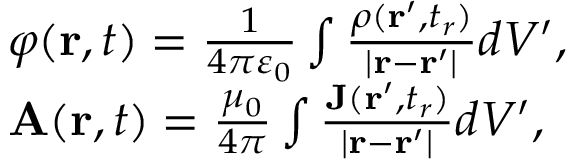
{ \begin{array} { r l } & { \varphi ( \mathbf { r } , t ) = { \frac { 1 } { 4 \pi \varepsilon _ { 0 } } } \int { \frac { \rho ( \mathbf { r } ^ { \prime } , t _ { r } ) } { | \mathbf { r } - \mathbf { r } ^ { \prime } | } } d V ^ { \prime } , } \\ & { \mathbf { A } ( \mathbf { r } , t ) = { \frac { \mu _ { 0 } } { 4 \pi } } \int { \frac { \mathbf { J } ( \mathbf { r } ^ { \prime } , t _ { r } ) } { | \mathbf { r } - \mathbf { r } ^ { \prime } | } } d V ^ { \prime } , } \end{array} }